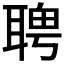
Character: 𦖛